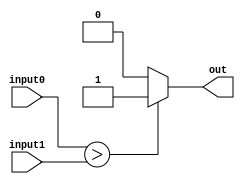
`timescale 1ns / 1ps

module greater_than(
    	 input [15:0] input0,
	 input [15:0] input1,
    	 output reg out);
	 
	always @(*)
		if(input0 > input1)
			begin
				out = 1;
			end
		else
			begin
				out = 0;
			end
endmodule